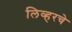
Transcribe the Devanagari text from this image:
लिव्हरचे